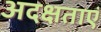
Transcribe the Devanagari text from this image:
अदक्षताएं